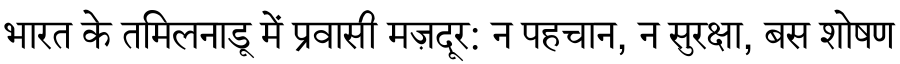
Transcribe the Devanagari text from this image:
भारत के तमिलनाडू में प्रवासी मज़दूर: न पहचान, न सुरक्षा, बस शोषण